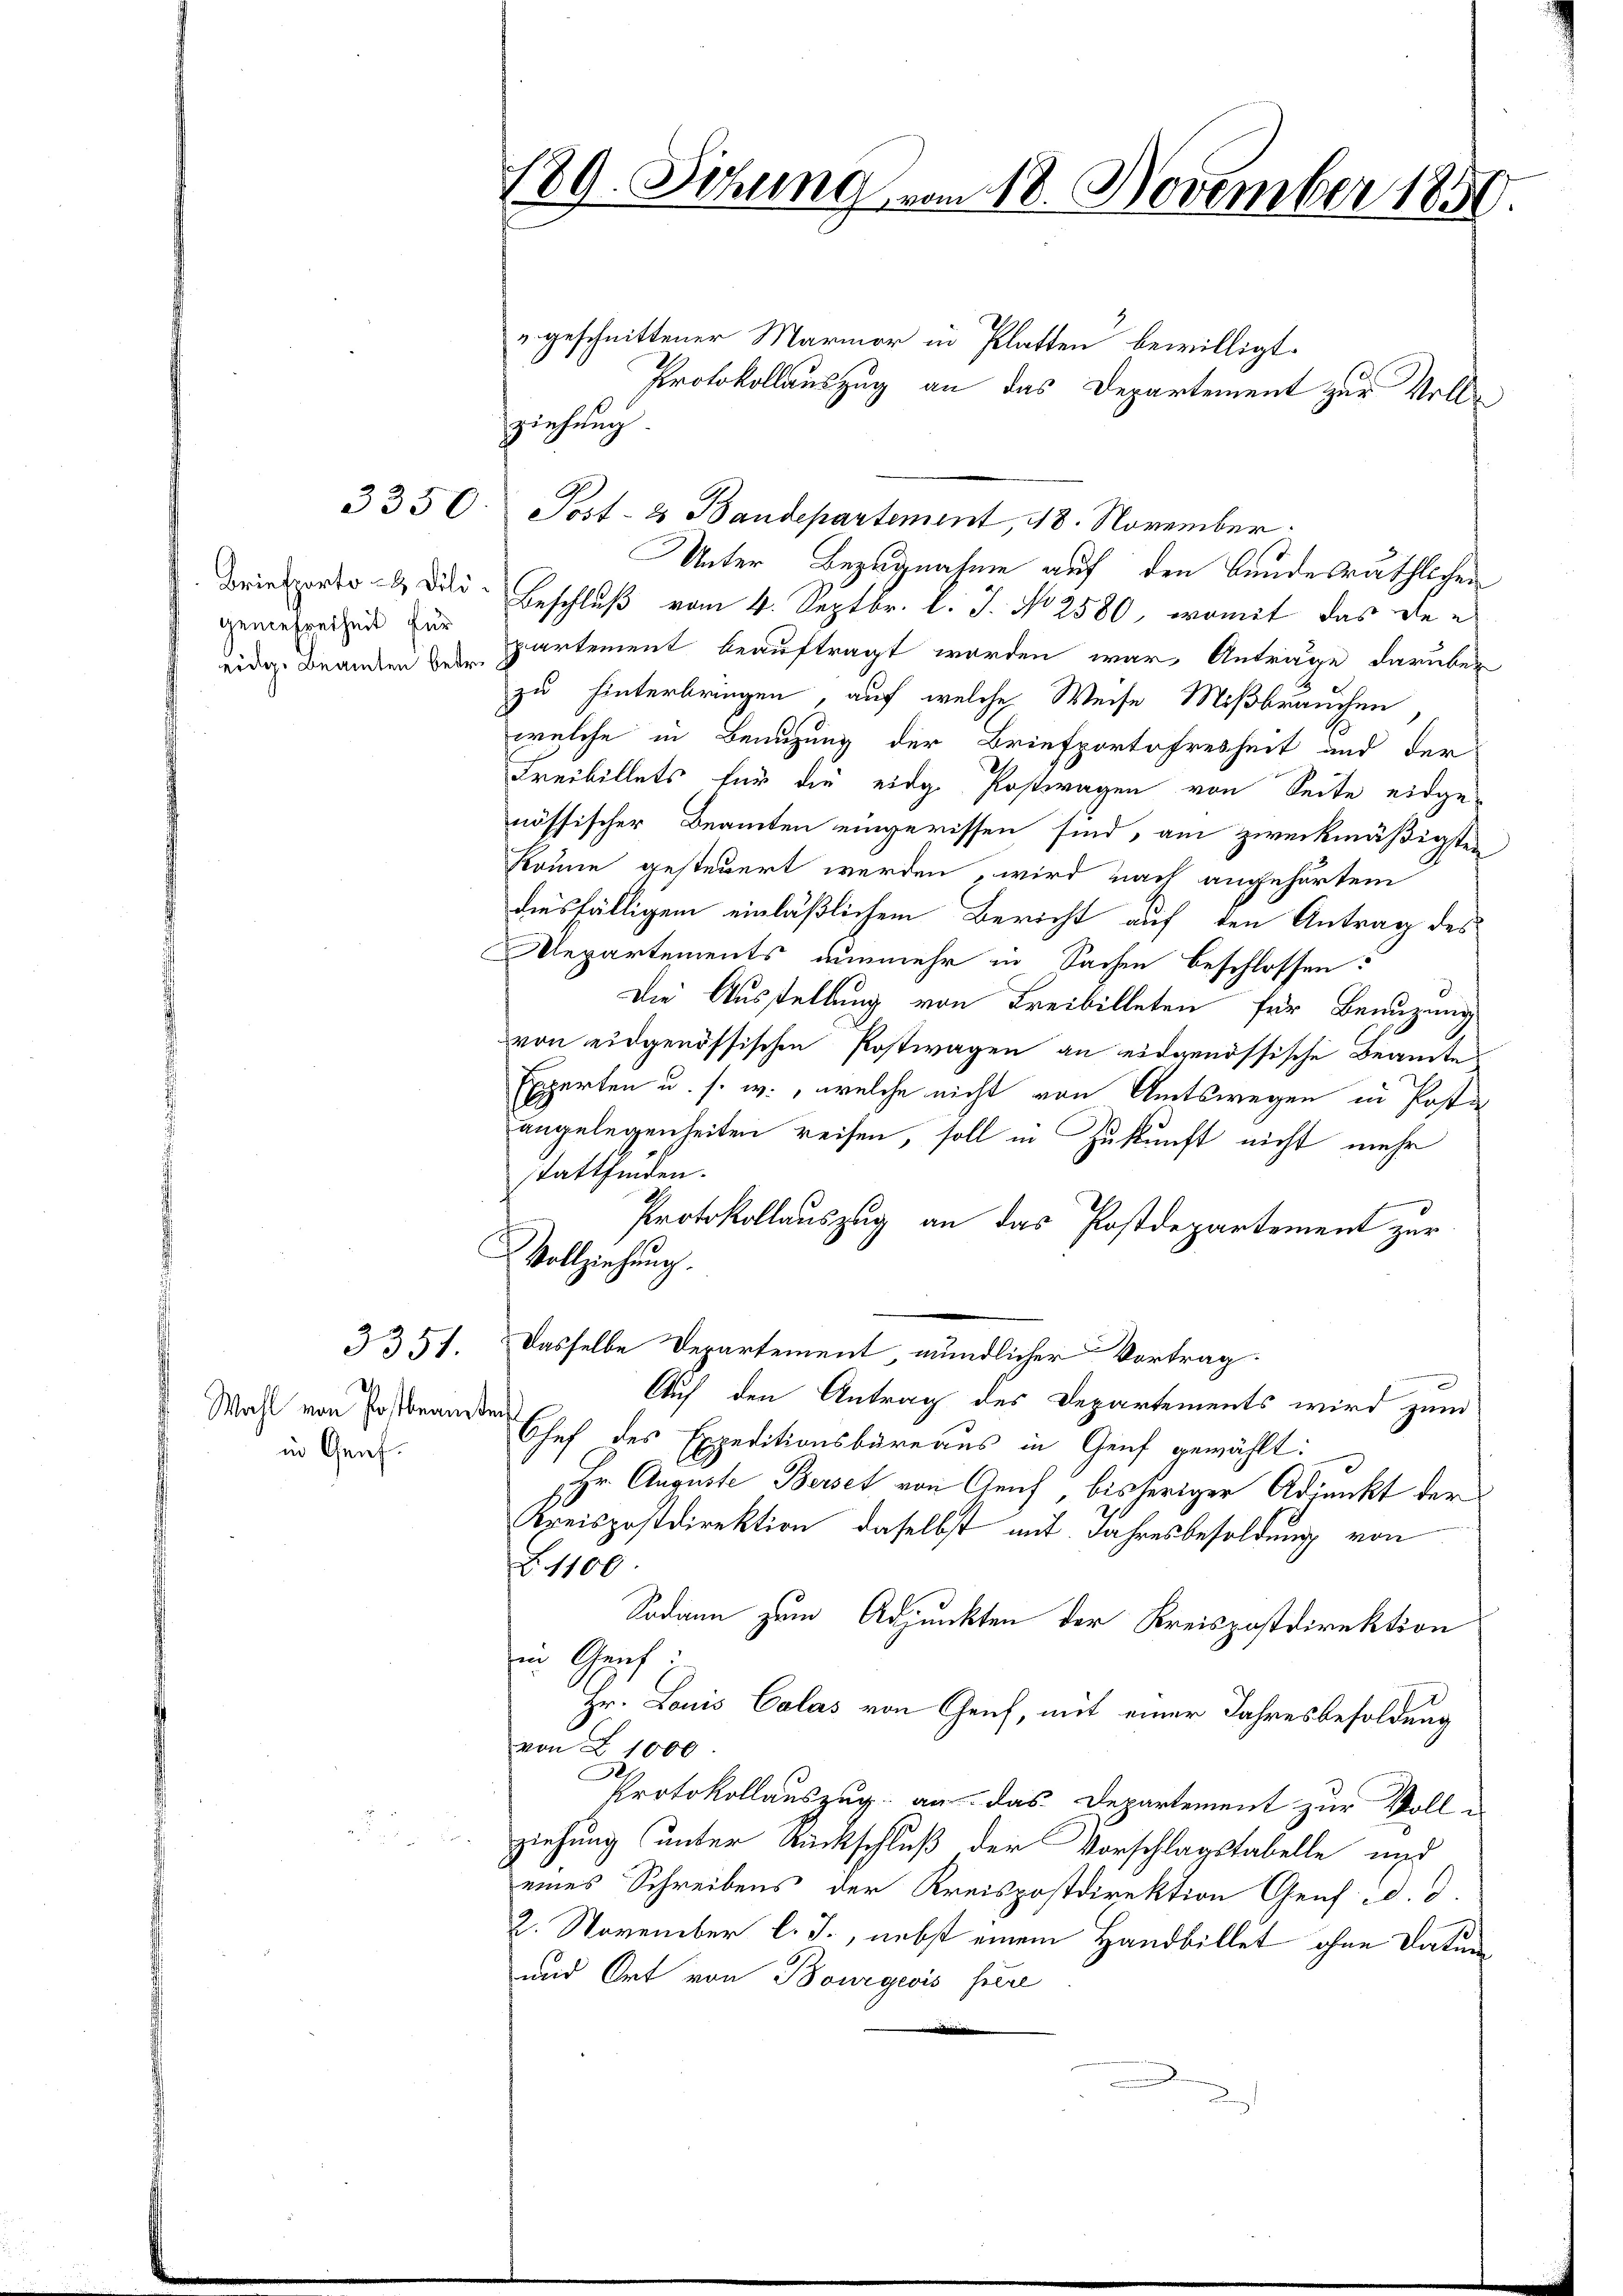
3350

Briefporto = Diligemessenheit für
eidige Beamten betr.

3351.
Wahl von Postbeamten
in Genf.

189. Sitzung vom 18. November 1850.

sziehung

„geschnittener Marmor in Platten bewilligt.
Protokollauszug an das Departement zur Voll¬
Post- & Baudepartement, 18. November.
Unter Bezugnahme auf den bundesräthlichen
Beschluß vom 4. Septbr. l. J. No 2580, womit das den
partement beauftragt worden war, Anträge darüber
zu hinterbringen, auf welche Weise Mißbrauchen
welche in Benuzung der Briefportahresheit und der
Freibillets für die eidg. Postwagen von Seite eidge-
nössischer Beamten eingerissen sind, am zweckmäßigsten
könne gesteuert werden, wird nach angehörtem
diesfälligem einläßlichem Bericht auf den Antrag des
Repartements nunmehr in Sachen beschlossen:
Die Ausstellung von Freibilleten für Benuzung
von eidgenössischen Postwagen an eidgenössische Beamte
Experten u. s. w., welche nicht von Amtswegen in Poste
angelegenheiten reisen, soll in Zukunft nicht mehr
stattfinden.
Protokollauszug an das Postdepartement zur
Vollziehung.
Dasselbe Departement, mündlicher Vortrag
Auf den Antrag des Departements wird zum
Chef des Expeditionsbüreaus in Genf gewählt:
Hr. Auguste Berset von Genf bisheriger Adjunkt der
Kreispostdirektion, daselbst mit Jahresbesoldung von
Z. 1100
Sodann zum Adjunkten der Kreispostdirektion
zur Genf.
Hr. Louis Calas von Geif, mit einer Jahresbesoldung
von § 1000
Protokollauszug an das Departement zur Vollziehung unter Rückschluß der Vorschlagstabelle und
eines Schreibens der Kreispostdirektion Genf d. d.
2. November l. J., nebst einem Handbillet, ohne Datu
und Ort von Bourgeois hiere